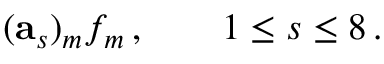
( \mathbf { a } _ { s } ) _ { m } f _ { m } \, , \qquad 1 \leq s \leq 8 \, .